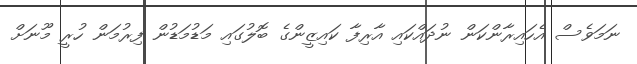
ނަމަވެސް އެހައިރާންކަން ނުދައްކައި އާރިފާ ކައިޒީންގެ ބޮލުގައި މަޑުމަޑުން ފިރުމަން ހުރީ މޫނަށް